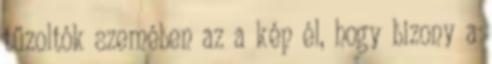
tűzoltók szemében az a kép él, hogy bizony a